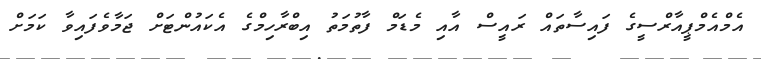
އެމްއެމްޕީއާރްސީގެ ފައިސާތައް ރައީސް އާއި މެޑަމް ފާތުމަތު އިބްރާހިމްގެ އެކައުންޓަށް ޖަމާވެފައިވާ ކަމަށް